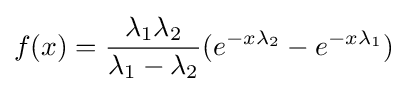
f(x)={\frac {\lambda _{1}\lambda _{2}}{\lambda _{1}-\lambda _{2}}}(e^{-x\lambda _{2}}-e^{-x\lambda _{1}})